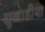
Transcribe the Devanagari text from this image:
सुखाडीया